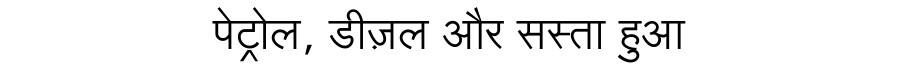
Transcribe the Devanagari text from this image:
पेट्रोल, डीज़ल और सस्ता हुआ